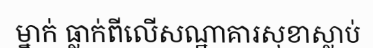
ម្នាក់ ធ្លាក់ពីលើសណ្ឋាគារសុខាស្លាប់